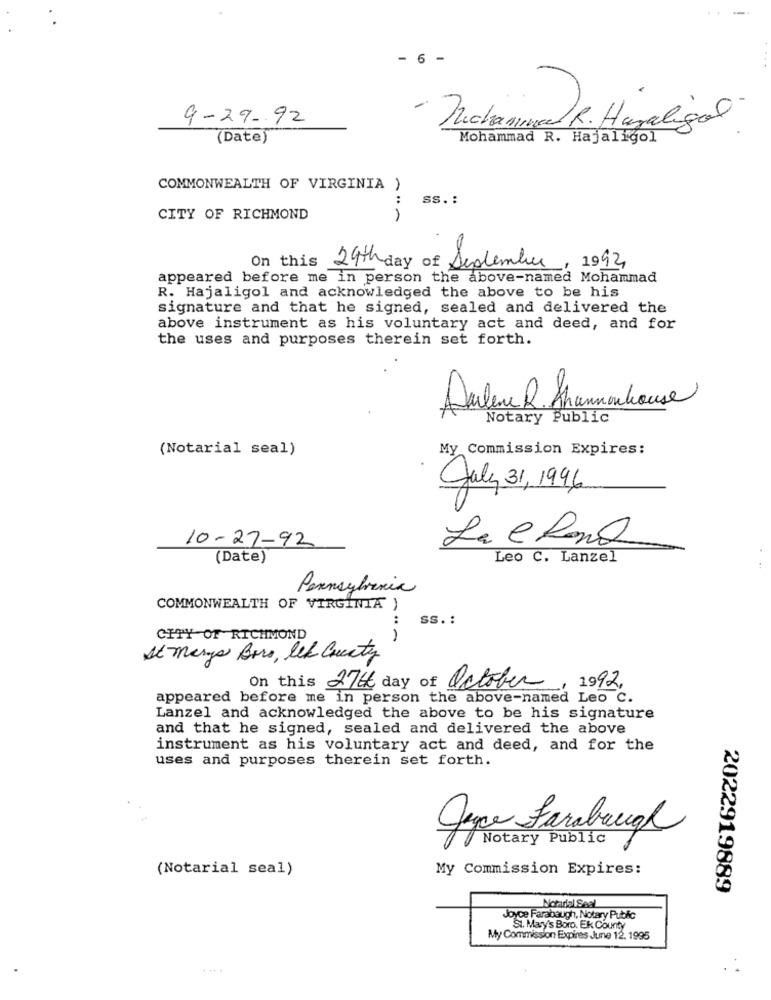
- 6 -
9-29- 92
- Mucha angel R. Hagaligal
(Date)
Mohammad R. Hajaligol
COMMONWEALTH OF VIRGINIA )
:
ss .:
CITY OF RICHMOND
On this
24th day of September, 1992
appeared before me in person the above-named Mohammad
R. Hajaligol and acknowledged the above to be his
signature and that he signed, sealed and delivered the
above instrument as his voluntary act and deed, and for
the uses and purposes therein set forth.
Aulene R. Shamhouse
Notary Public
(Notarial seal)
My Commission Expires:
July 31, 1996
10-27-92
La e Rond
(Date)
Leo C. Lanzel
Pennsylvania
COMMONWEALTH OF VIRGINIA )
:
SS. :
CITY OF RICHMOND
St marys Bors, Lek County
On this 2766 day of October, 1992,
appeared before me in person the above-named Leo C.
Lanzel and acknowledged the above to be his signature
and that he signed, sealed and delivered the above
instrument as his voluntary act and deed, and for the
uses and purposes therein set forth.
Jeper farabaugh
Notary Public
(Notarial seal)
My Commission Expires:
2022919889
Notarial Seal
Joyce Farabaugh, Notary Public
St. Mary's Boro. Ek County
My Commission Expires June 12. 1995